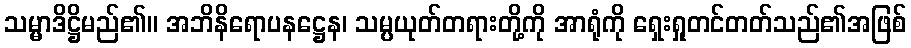
သမ္မာဒိဋ္ဌိမည်၏။ အဘိနိရောပနဋ္ဌေန၊ သမ္ပယုတ်တရားတို့ကို အာရုံကို ရှေးရှုတင်တတ်သည်၏အဖြစ်